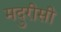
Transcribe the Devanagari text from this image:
मदुरीसी